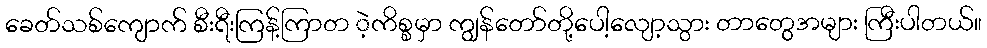
ခေတ်သစ်ကျောက် စီးရီးကြန့်ကြာတ ဲ့ကိစ္စမှာ ကျွန်တော်တို့ပေါ့လျော့သွား တာတွေအများ ကြီးပါတယ်။